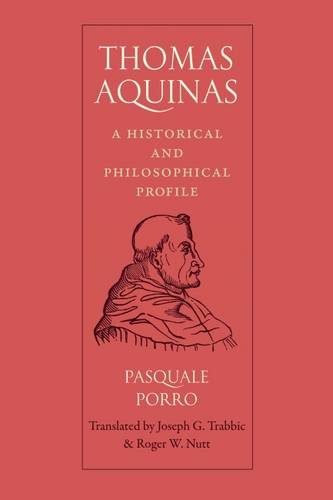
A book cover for Thomas Aquinas: A Historical and Philosophical Profile; Pasquale Porro; Politics & Social Sciences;